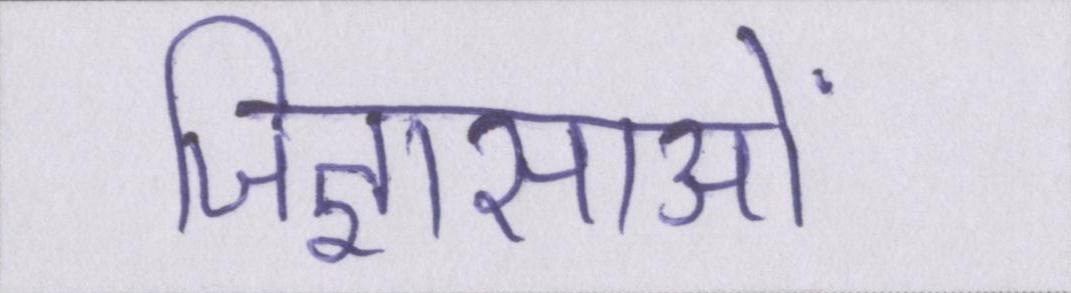
जिज्ञासाओं